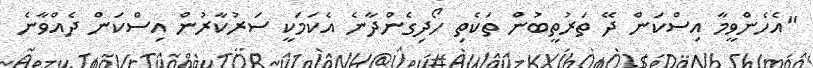
"އެހެންވީމާ އިސްކަން ދޭ ތަރުތީބުން ތަކެތި ހޯދިގެންދާނެ އެކަމަކީ ސަރުކާރުން އިސްކަން ދެއްވާނެ